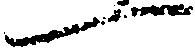
一